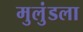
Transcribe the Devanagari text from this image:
मुलुंडला